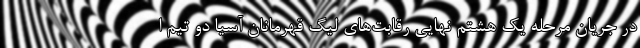
در جریان مرحله یک هشتم نهایی رقابت‌های لیگ قهرمانان آسیا دو تیم ا